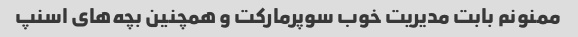
ممنونم بابت مدیریت خوب سوپرمارکت و همچنین بچه‌های اسنپ